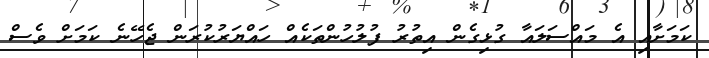
ކަމަށާއި އެ މައްސަލައާ ގުޅިގެން އިތުރު ފުލުހުންތަކެއް ހައްޔަރުކުރަން ޖެހޭނެ ކަމަށް ވެސް